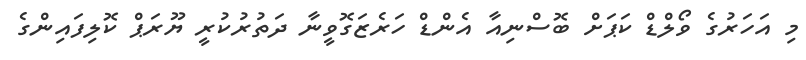
މި އަހަރުގެ ވޯލްޑް ކަޕަށް ބޮސްނިއާ އެންޑް ހަރެޒަގޮވީނާ ދަތުރުކުރީ ޔޫރަޕް ކޮލިފައިންގެ